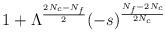
LaTeX: \begin{align*}1 + \Lambda^{\frac{2N_c-N_f}{2}}(-s)^{\frac{N_f-2N_c}{2N_c}}\end{align*}